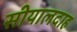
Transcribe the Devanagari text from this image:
सीयालदाह